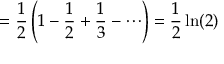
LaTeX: = { \frac { 1 } { 2 } } \left( 1 - { \frac { 1 } { 2 } } + { \frac { 1 } { 3 } } - \cdots \right) = { \frac { 1 } { 2 } } \ln ( 2 )